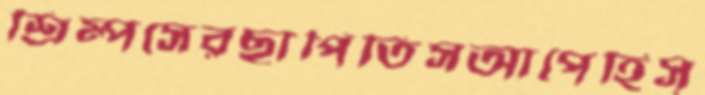
শ্রিম্পসেরছাপিতিসআপেহিস্